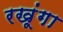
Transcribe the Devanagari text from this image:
रखूंगा